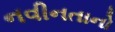
નવીનતાનો